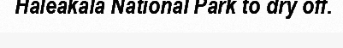
Haleakala National Park to dry off.